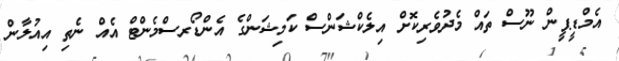
އެމްޑީޕީން ނޫސް ތައް މެދުވެރިކޮށް އިލެކްޝަންސް ކަމިޝަންގެ އެންޑޯރސްމެންޓް އެއް ނެތި އިއުލާން